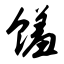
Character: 馐